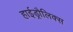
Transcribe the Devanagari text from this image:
हाईड्रौलिक्स